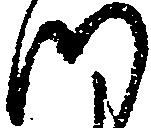
つ